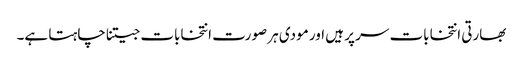
بھارتی انتخابات سر پر ہیں اور مودی ہر صورت انتخابات جیتنا چاہتا ہے۔